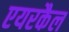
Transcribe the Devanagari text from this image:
एयरकैल